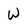
Character: W